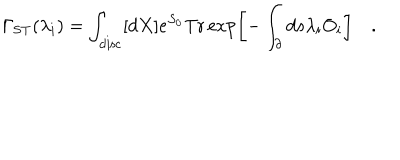
\Gamma _ { \mathrm { S T } } ( \lambda _ { i } ) = \int _ { \mathrm { d i s c } } [ d X ] e ^ { S _ { 0 } } \mathrm { T r } \exp \left[ - \int _ { \partial } d s \lambda _ { i } O _ { i } \right] \quad .